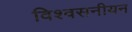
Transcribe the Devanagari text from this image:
विश्वसनीयन